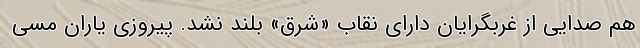
هم صدایی از غربگرایان دارای نقاب «شرق» بلند نشد. پیروزی یاران مسی